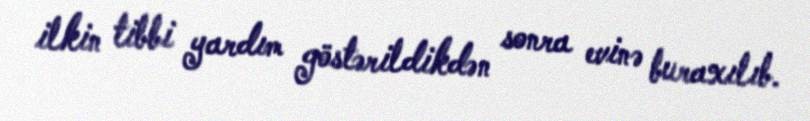
ilkin tibbi yardım göstərildikdən sonra evinə buraxılıb.